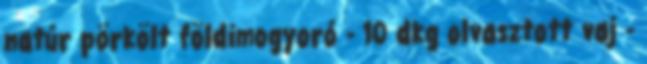
natúr pörkölt földimogyoró - 10 dkg olvasztott vaj -